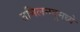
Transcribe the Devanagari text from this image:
तमिलनदुमध्ये